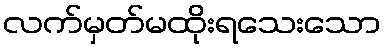
လက်မှတ်မထိုးရသေးသော